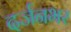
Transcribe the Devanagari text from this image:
दर्जनभर